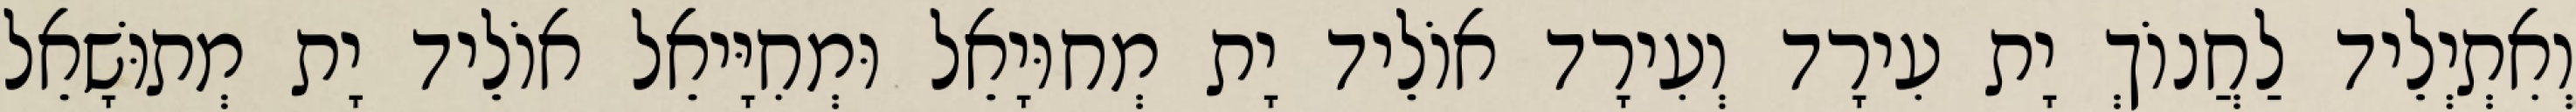
וְאִתְיְלֵיד לַחֲנוֹךְ יָת עִירָד וְעִירָד אוֹלֵיד יָת מְחוּיָאֵל וּמְחִיָּיאֵל אוֹלֵיד יָת מְתוּשָׁאֵל